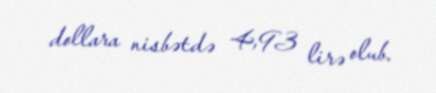
dollara nisbətdə 4,93 lirə olub.